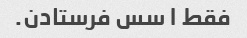
فقط ۱ سس فرستادن.